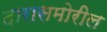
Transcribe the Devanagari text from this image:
दारासमोरील